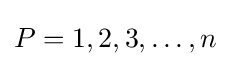
P={1,2,3,\ldots ,n}